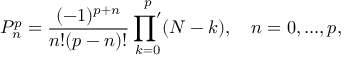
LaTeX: P _ { n } ^ { p } = \frac { ( - 1 ) ^ { p + n } } { n ! ( p - n ) ! } \mathop { { \prod } ^ { \prime } } _ { k = 0 } ^ { p } ( N - k ) , \quad n = 0 , . . . , p ,